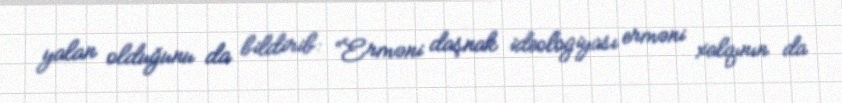
yalan olduğunu da bildirib: “Erməni daşnak ideologiyası erməni xalqının da